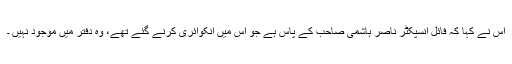
اس نے کہا کہ فائل انسپکٹر ناصر ہاشمی صاحب کے پاس ہے جو اس میں انکوائری کرنے گئے تھے، وہ دفتر میں موجود نہیں ۔